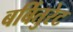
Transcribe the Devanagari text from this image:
बर्बितुरेट